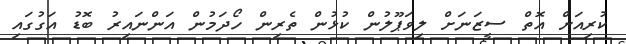
ކުރިއަށް އޮތް ސީޒަނަށް ލިވަޕޫލުން ކުޅުން ތެރިން ހޯދަމުން އަންނައިރު ބޮޑު އަގުގައި